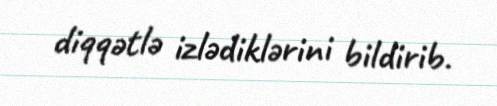
diqqətlə izlədiklərini bildirib.